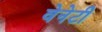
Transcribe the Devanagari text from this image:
वेनेटी